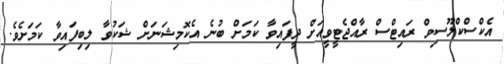
އެކްސްކްލޫސިވް ރައިޓްސް ރާއްޖެޓީވީއަށް ދީފައިވާ ކަމަށް ބުނެ އެކޮމިޝަނަށް ޝަކުވާ ލިބިފައިވާ ކަމަށެވެ.